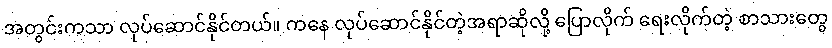
အတွင်းကသာ လုပ်ဆောင်နိုင်တယ်။ ကနေ လုပ်ဆောင်နိုင်တဲ့အရာဆိုလို့ ပြောလိုက် ရေးလိုက်တဲ့ စာသားတွေ